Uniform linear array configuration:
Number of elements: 8
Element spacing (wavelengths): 0.5
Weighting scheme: kaiser
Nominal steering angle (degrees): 60
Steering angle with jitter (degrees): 58.37
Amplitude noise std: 0.05
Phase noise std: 0.05

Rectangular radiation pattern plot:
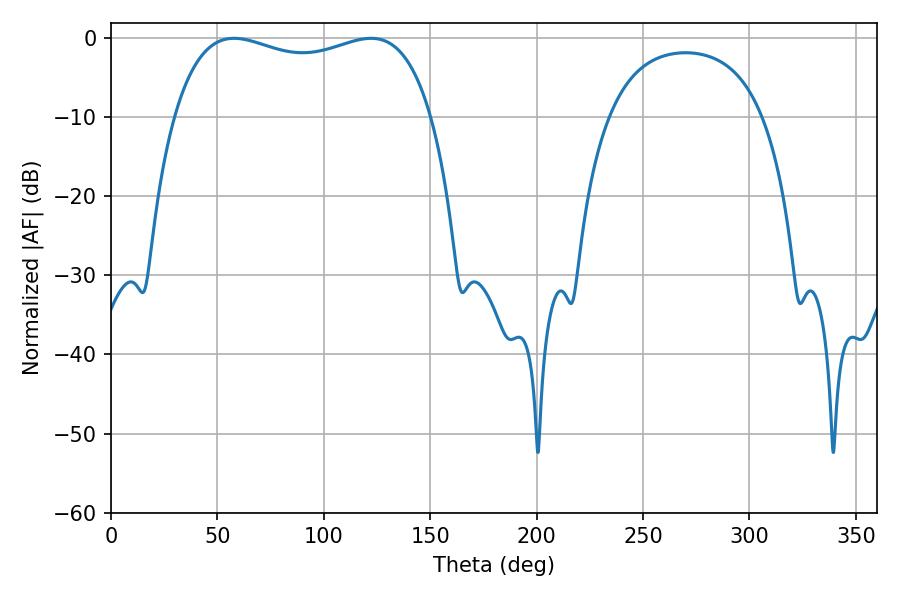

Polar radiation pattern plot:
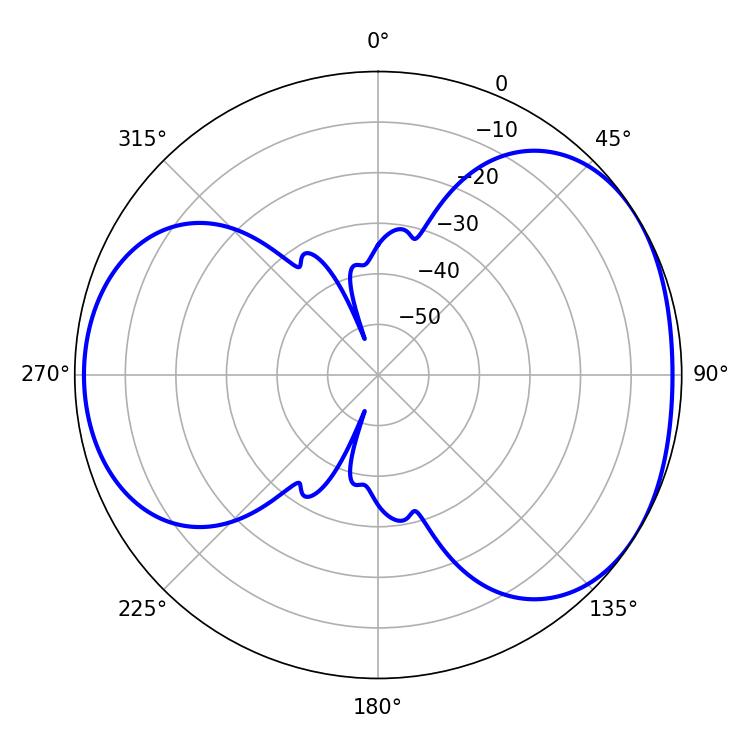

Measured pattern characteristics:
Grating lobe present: FALSE
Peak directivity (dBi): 4.173
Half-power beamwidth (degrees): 99
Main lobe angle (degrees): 57.78